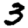
Digit: 3